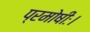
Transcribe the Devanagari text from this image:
प्रमोषीः।